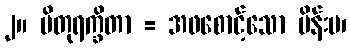
၂။ ပိတုရက္ခိတာ = အဖစောင့်သော မိန်းမ၊